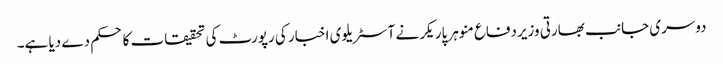
دوسری جانب بھارتی وزیردفاع منوہر پاریکر نے آسٹریلوی اخبار کی رپورٹ کی تحقیقات کا حکم دے دیا ہے۔